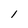
Character: l